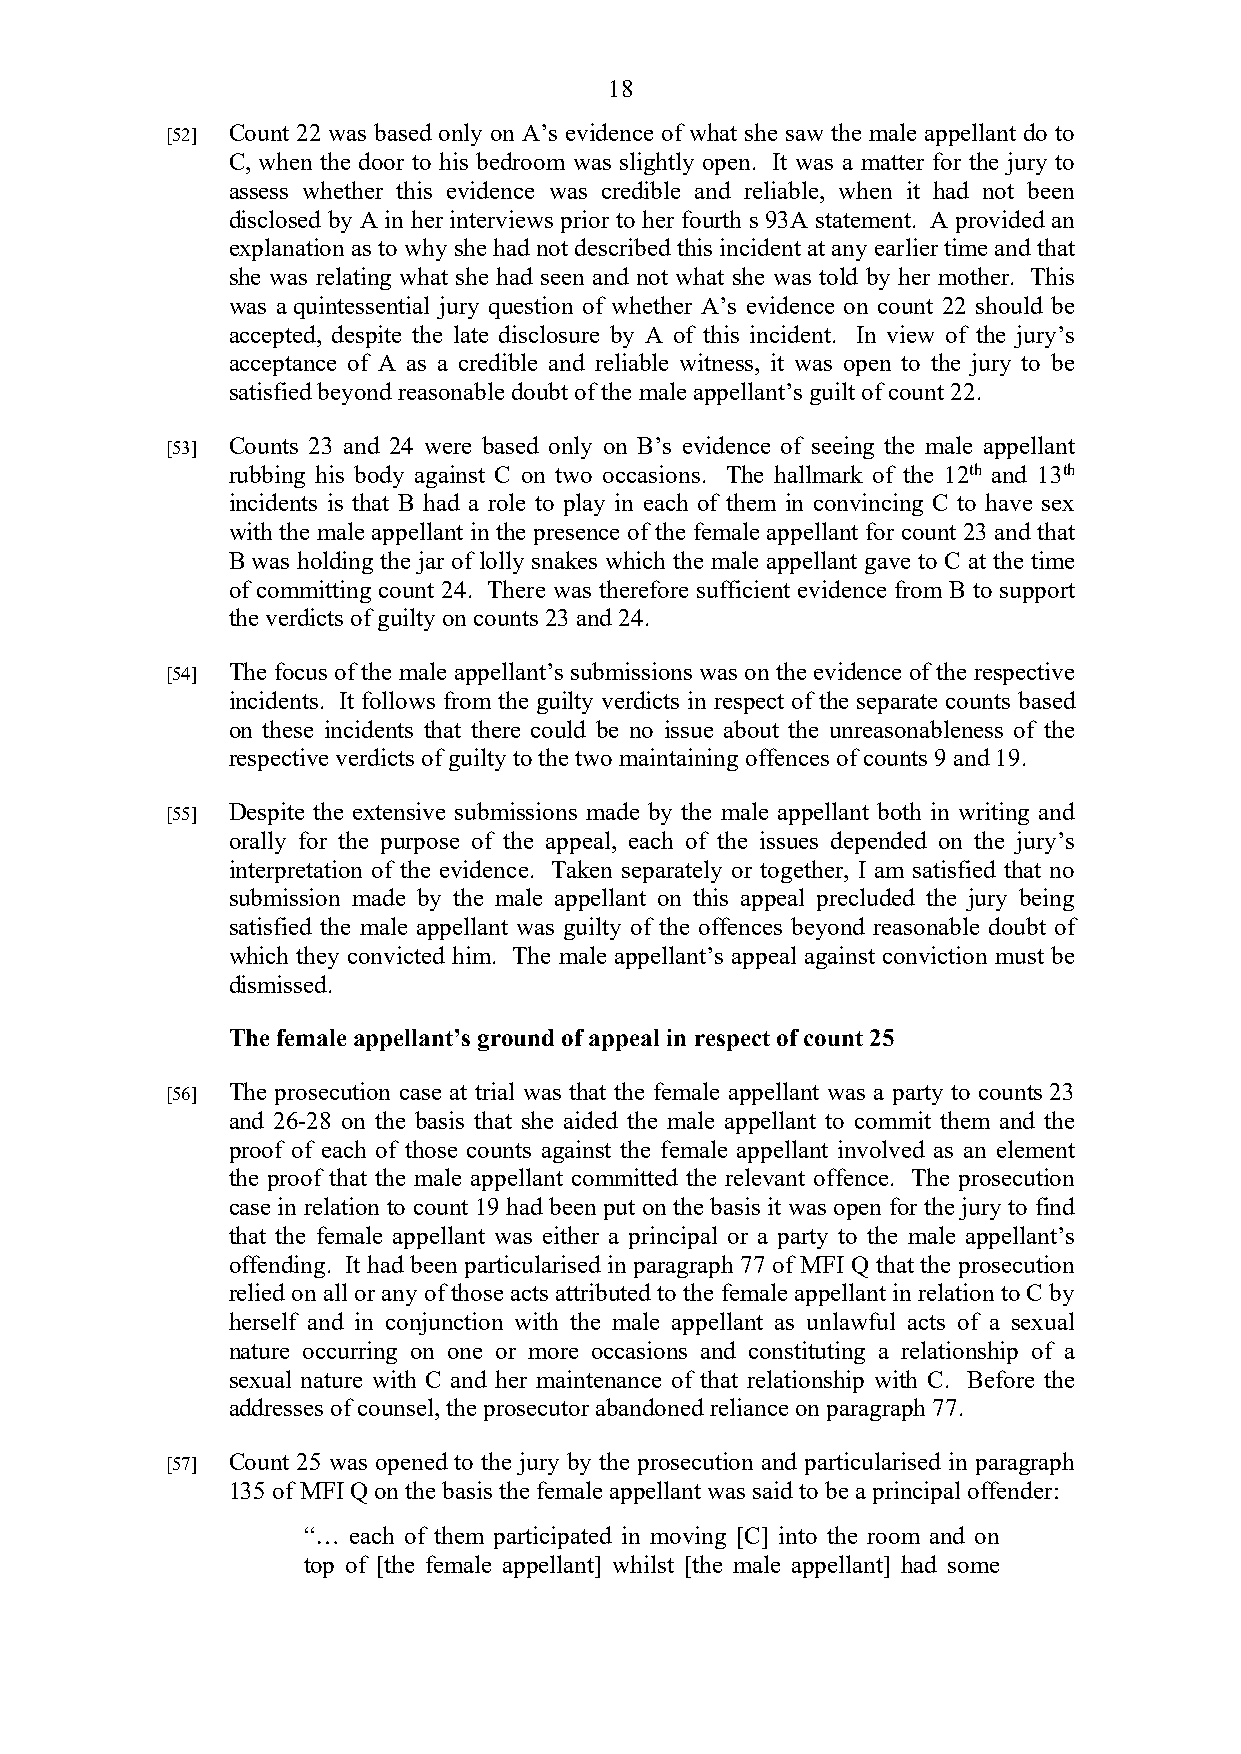
18
 [52] Count 22 was based only on A’s evidence of what she saw the male appellant do to
 C, when the door to his bedroom was slightly open. It was a matter for the jury to
 assess whether this evidence was credible and reliable, when it had not been
 disclosed by A in her interviews prior to her fourth s 93A statement. A provided an
 explanation as to why she had not described this incident at any earlier time and that
 she was relating what she had seen and not what she was told by her mother. This
 was a quintessential jury question of whether A’s evidence on count 22 should be
 accepted, despite the late disclosure by A of this incident. In view of the jury’s
 acceptance of A as a credible and reliable witness, it was open to the jury to be
 satisfied beyond reasonable doubt of the male appellant’s guilt of count 22.
 [53] Counts 23 and 24 were based only on B’s evidence of seeing the male appellant
 rubbing his body against C on two occasions. The hallmark of the 12th and 13th
 incidents is that B had a role to play in each of them in convincing C to have sex
 with the male appellant in the presence of the female appellant for count 23 and that
 B was holding the jar of lolly snakes which the male appellant gave to C at the time
 of committing count 24. There was therefore sufficient evidence from B to support
 the verdicts of guilty on counts 23 and 24.
 [54] The focus of the male appellant’s submissions was on the evidence of the respective
 incidents. It follows from the guilty verdicts in respect of the separate counts based
 on these incidents that there could be no issue about the unreasonableness of the
 respective verdicts of guilty to the two maintaining offences of counts 9 and 19.
 [55] Despite the extensive submissions made by the male appellant both in writing and
 orally for the purpose of the appeal, each of the issues depended on the jury’s
 interpretation of the evidence. Taken separately or together, I am satisfied that no
 submission made by the male appellant on this appeal precluded the jury being
 satisfied the male appellant was guilty of the offences beyond reasonable doubt of
 which they convicted him. The male appellant’s appeal against conviction must be
 dismissed.
 The female appellant’s ground of appeal in respect of count 25
 [56] The prosecution case at trial was that the female appellant was a party to counts 23
 and 26-28 on the basis that she aided the male appellant to commit them and the
 proof of each of those counts against the female appellant involved as an element
 the proof that the male appellant committed the relevant offence. The prosecution
 case in relation to count 19 had been put on the basis it was open for the jury to find
 that the female appellant was either a principal or a party to the male appellant’s
 offending. It had been particularised in paragraph 77 of MFI Q that the prosecution
 relied on all or any of those acts attributed to the female appellant in relation to C by
 herself and in conjunction with the male appellant as unlawful acts of a sexual
 nature occurring on one or more occasions and constituting a relationship of a
 sexual nature with C and her maintenance of that relationship with C. Before the
 addresses of counsel, the prosecutor abandoned reliance on paragraph 77.
 [57] Count 25 was opened to the jury by the prosecution and particularised in paragraph
 135 of MFI Q on the basis the female appellant was said to be a principal offender:
 “… each of them participated in moving [C] into the room and on
 top of [the female appellant] whilst [the male appellant] had some